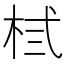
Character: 𪲃